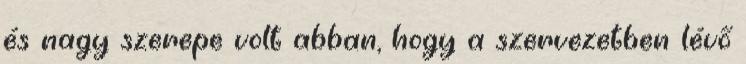
és nagy szerepe volt abban, hogy a szervezetben lévő